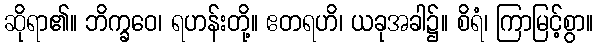
ဆိုရာ၏။ ဘိက္ခဝေ၊ ရဟန်းတို့။ ဧတရဟိ၊ ယခုအခါ၌။ စိရံ၊ ကြာမြင့်စွာ။